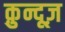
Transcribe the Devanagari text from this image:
क़ुन्दूज़